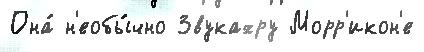
Она́ н'еобы́чно Звукахру Морр'икон'е